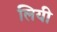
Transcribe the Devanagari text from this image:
लियी